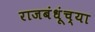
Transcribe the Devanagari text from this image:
राजबंधूंच्या